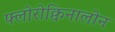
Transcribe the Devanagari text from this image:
फ्लोरोक्विनालोन